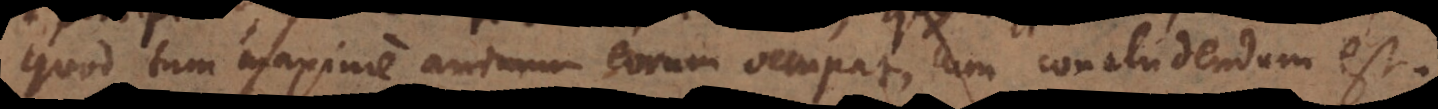
quod tum maxime animum eorum occupat, cum concludendum est.